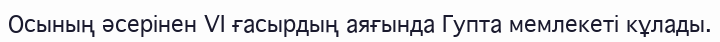
Осының әсерінен VI ғасырдың аяғында Гупта мемлекеті кұлады.